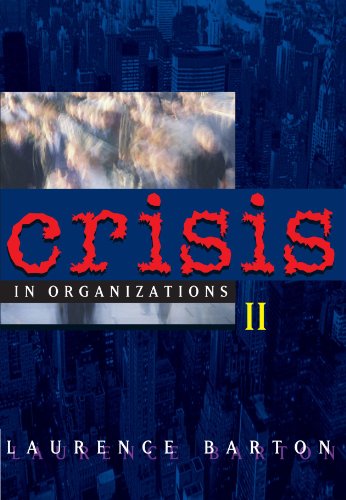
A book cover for Crisis in Organizations II; Laurence Barton; Business & Money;